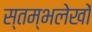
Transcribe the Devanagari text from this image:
स्तम्भलेखों